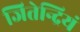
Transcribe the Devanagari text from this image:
जितेन्द्रियं